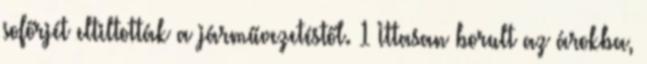
sofőrjét eltiltották a járművezetéstől. 1 Ittasan borult az árokba,